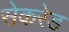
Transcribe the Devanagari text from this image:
सेकरेड